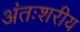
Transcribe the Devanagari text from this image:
अंतःशरीय